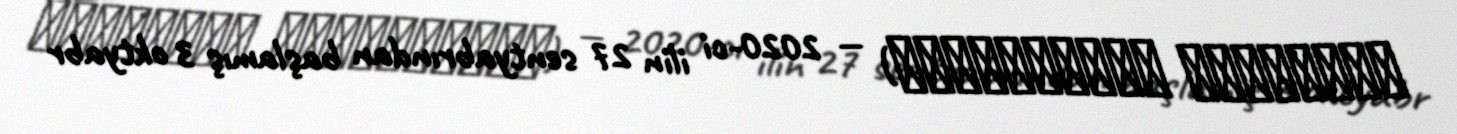
Մատաղիսի ճակատամարտ) — 2020-ci ilin 27 sentyabrından başlamış 3 oktyabr